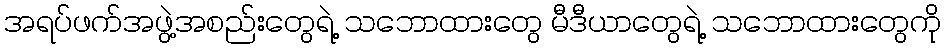
အရပ်ဖက်အဖွဲ့အစည်းတွေရဲ့ သဘောထားတွေ မီဒီယာတွေရဲ့ သဘောထားတွေကို